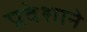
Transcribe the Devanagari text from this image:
प्रवेशाने